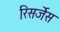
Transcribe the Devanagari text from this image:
रिसर्जेस